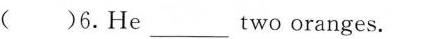
( )6.He___two oranges.